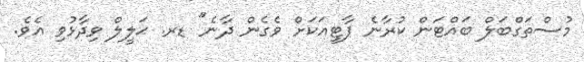
މުސްތަގްބަލް ބައްޓަން ކުރާނެ ޕާޓީއަކަށް ވެގެން ދާނެ" ޑރ. ޙަލީލް ވިދާޅުވި އެވެ.